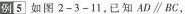
例5如图2-3-11，已知$$AD\parallel BC$$，